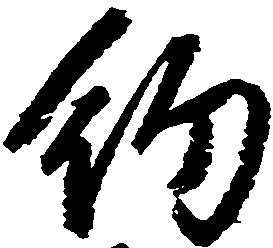
約